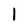
Character: l